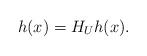
LaTeX: \begin{align*}h(x)=H_Uh(x).\end{align*}